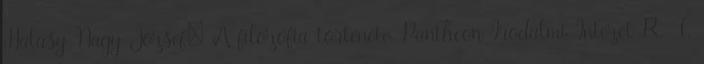
Halasy-Nagy József: A filozófia története, Pantheon Irodalmi Intézet R.-T.